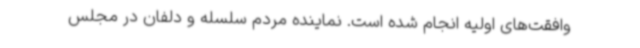
وافقت‌های اولیه انجام شده است. نماینده مردم سلسله و دلفان در مجلس